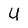
Character: U